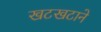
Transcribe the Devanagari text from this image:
खटखटाने